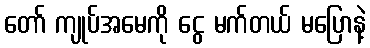
တော် ကျုပ်အမေကို ငွေ မက်တယ် မပြောနဲ့